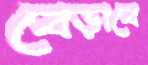
বেড়াবে